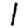
Digit: 1